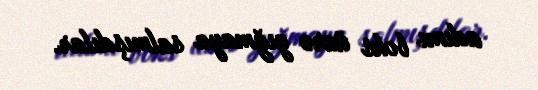
adımı boks üzrə yığmaya salmışdılar.